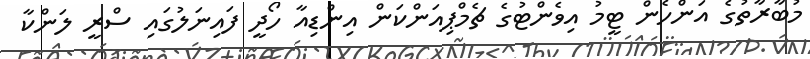
މުބާރާތުގެ އަންހެން ޓީމު އިވެންޓުގެ ޗެމްޕިއަންކަން އިންޑިއާ ހޯދީ ފައިނަލުގައި ސްރީ ލަންކާ